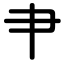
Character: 肀